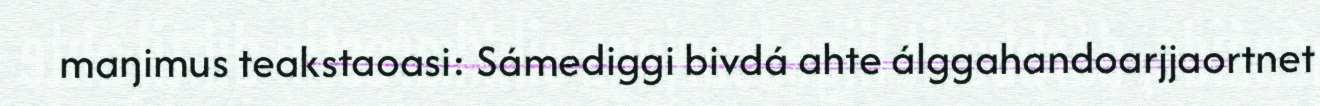
maŋimus teakstaoasi: Sámediggi bivdá ahte álggahandoarjjaortnet